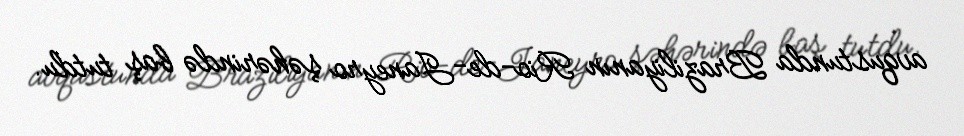
avqustunda Braziliyanın Rio-de-Janeyro şəhərində baş tutdu.